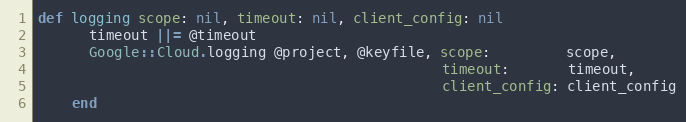
Language: Ruby
def logging scope: nil, timeout: nil, client_config: nil
      timeout ||= @timeout
      Google::Cloud.logging @project, @keyfile, scope:         scope,
                                                timeout:       timeout,
                                                client_config: client_config
    end